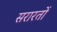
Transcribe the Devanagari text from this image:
सरारतों